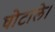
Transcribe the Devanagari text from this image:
घोटाले।